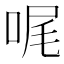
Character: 𠳿